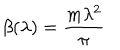
\beta ( \lambda ) = \frac { m \lambda ^ { 2 } } { \pi }